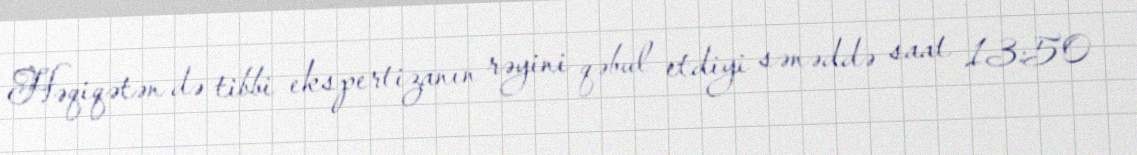
Həqiqətən də tibbi ekspertizanın rəyini qəbul etdiyi sənəddə saat 13:50